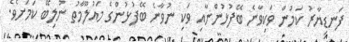
ފަނޑިޔާރު ކަމުން ވަކިވާނެ ބޭފުޅުންނާއި ވަކި ނުވާނެ ބޭފުޅުންގެ މައުލޫމާތު ނުލިބޭ ކަމަށެވެ.